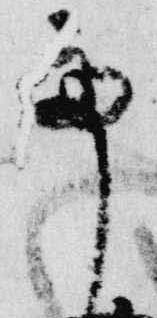
亭